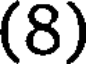
(8)